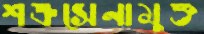
শত্রুসেনামুক্ত